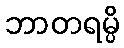
ဘာတရမ္ပိ